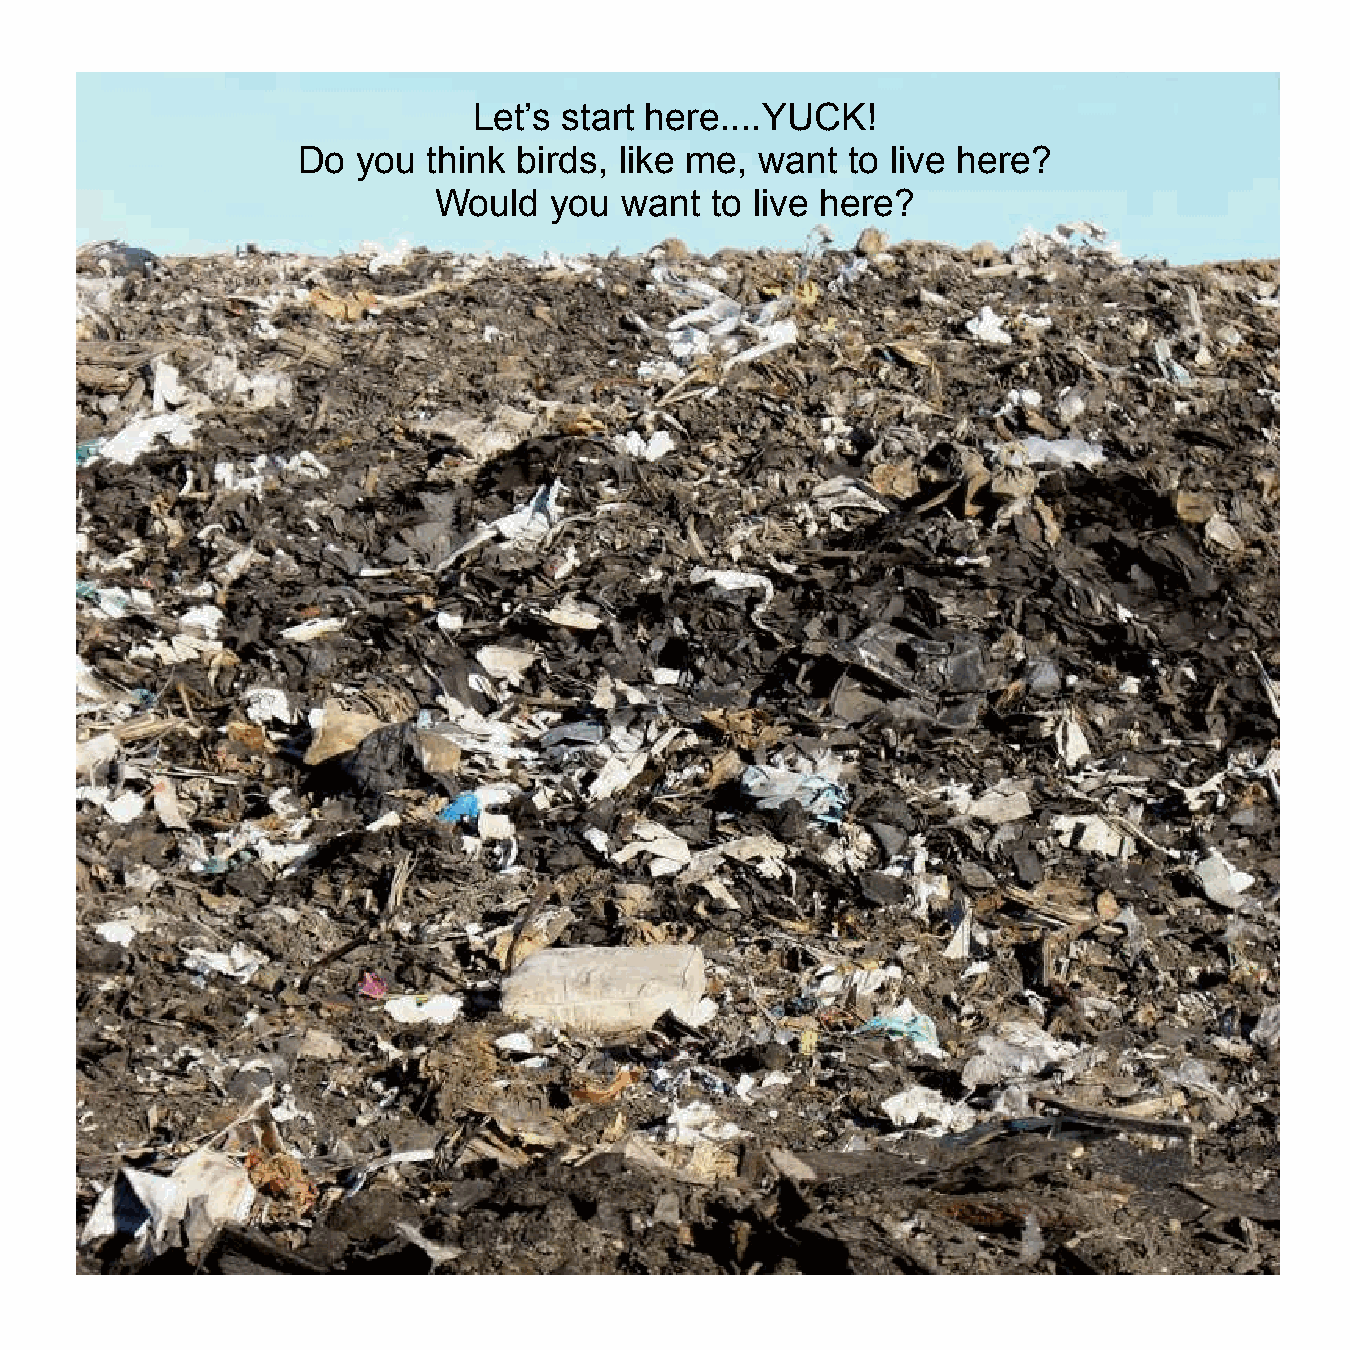
Let’s start here....YUCK!
 Do  you think birds, like me, want  to live here?
 Would  you  want  to live here?
 4 ©JillWP 2017